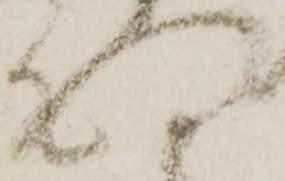
向